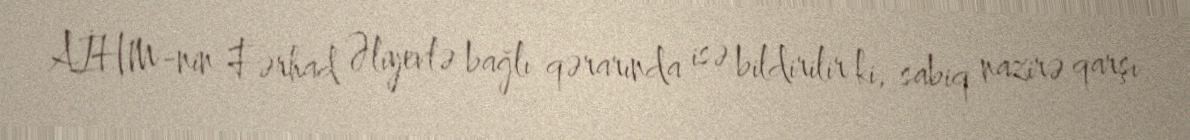
AİHM-nin Fərhad Əliyevlə bağlı qərarında isə bildirilir ki, sabiq nazirə qarşı